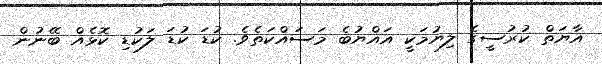
އާޔަތް ކުރުސީގެ ލިޔުމަކީ އައްޔުބެ މަސައްކަތެވެ. ކުޑަ ކުޑަ ލަކުޑި ކޮޅެއް ބޭނުން